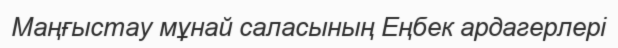
Маңғыстау мұнай саласының Еңбек ардагерлері